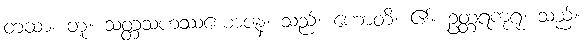
တထာ၊ တူ။ သတ္တသဟဿယောဇနံ၊ သည်။ ဟောတိ၊ ၏။ ဥတ္တရကုရု၊ သည်။